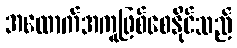
အထောက်အကူဖြစ်စေနိုင်သည်